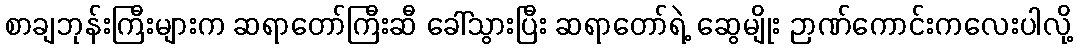
စာချဘုန်းကြီးများက ဆရာတော်ကြီးဆီ ခေါ်သွားပြီး ဆရာတော်ရဲ့ ဆွေမျိုး ဉာဏ်ကောင်းကလေးပါလို့